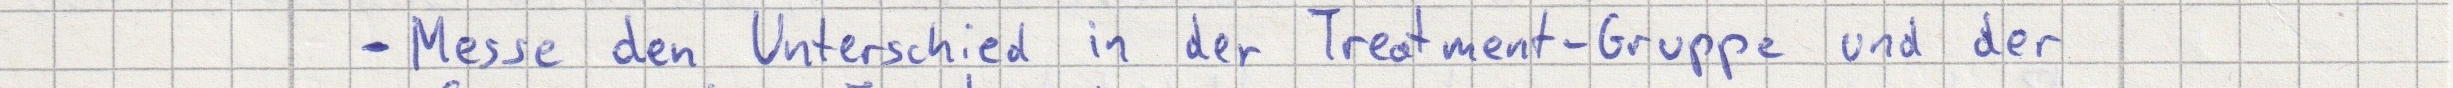
- Messe den Unterschied in der Treatment-Gruppe und der